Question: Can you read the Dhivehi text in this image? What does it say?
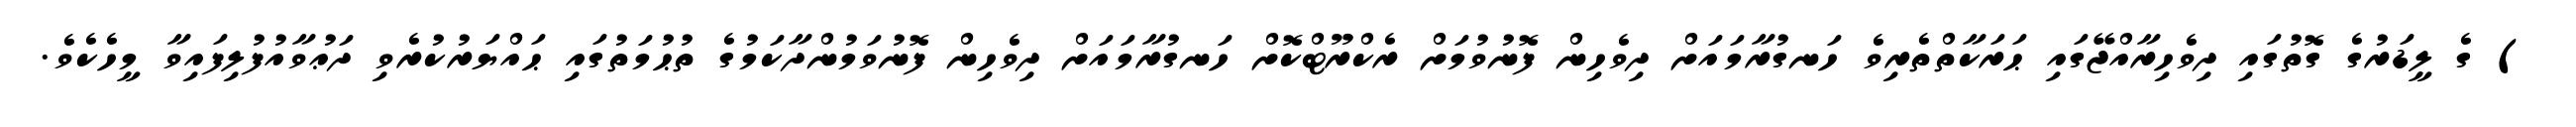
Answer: ) ގެ ލީޑަރުގެ ގޮތުގައި ދިވެހިރާއްޖޭގައި ޙަރަކާތްތެރިވެ ހަނގުރާމައަށް ދިވެހިން ފޮނުވުމަށް ރެކްރޫޓްކޮށް ހަނގުރާމައަށް ދިވެހިން ފޮނުވަމުންދާކަމުގެ ތުޙުމަތުގައި ޙައްޔަރުކުރެވި ދަޢުވާއުފުލިފައިވާ މީހެކެވެ.